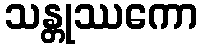
သန္တုဿကော